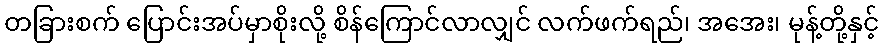
တခြားစက် ပြောင်းအပ်မှာစိုးလို့ စိန်ကြောင်လာလျှင် လက်ဖက်ရည်၊ အအေး၊ မုန့်တို့နှင့်